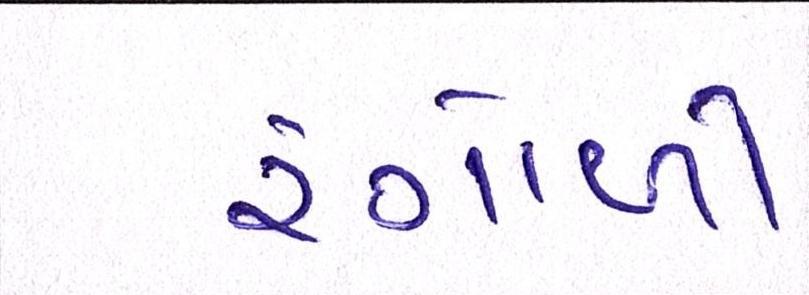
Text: રંગોળી